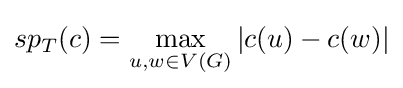
sp_{T}(c)=\max _{u,w\in V(G)}|c(u)-c(w)|